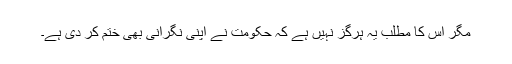
مگر اس کا مطلب یہ ہرگز نہیں ہے کہ حکومت نے اپنی نگرانی بھی ختم کر دی ہے۔